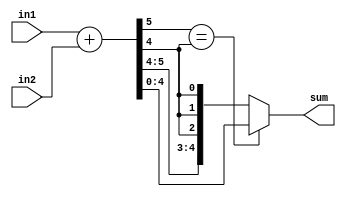
module QuantizedAdder(sum, in1, in2);
	parameter 	prec = 5;

	output 	signed 		[prec - 1 : 0] 	sum;
	input 	signed		[prec - 1 : 0] 	in1;
	input 	signed		[prec - 1 : 0]	in2;
	wire 	signed		[prec	  : 0]	sum_wire;

	assign sum_wire = in1 + in2;
	assign sum 		= (sum_wire[prec] == sum_wire[prec-1]) ? sum_wire[prec - 1 : 0] : {sum_wire[prec],{(prec - 1){sum_wire[prec - 1]}}};
	
endmodule